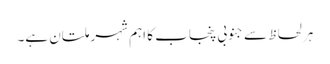
ہر لحاظ سے جنوبی پنجاب کا اہم شہر ملتان ہے۔